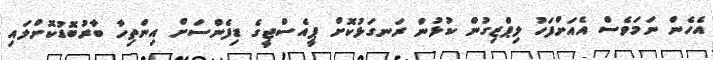
އެހެން ނަމަވެސް އެއަށްފަހު ލިޕްޒިގުން ކުޅުން ރަނގަޅުކޮށް ޕީއެސްޖީގެ ޑިފެންސަށް އިންތިހާ ބާރުބޮޑުކޮށްލައި